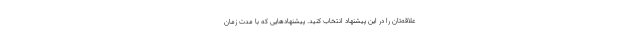
علاقه‌تان را در این پیشنهاد انتخاب کنید. پیشنهادهایی که با مدت زمان